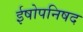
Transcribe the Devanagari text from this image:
ईषोपनिषद